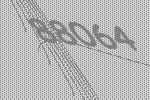
88064